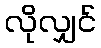
လိုလျှင်